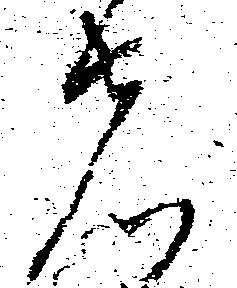
者